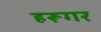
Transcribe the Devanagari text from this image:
हरूगर